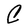
Character: C